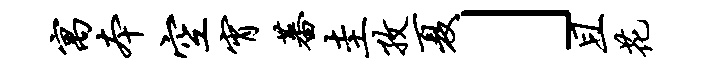
寓本空宵蕃圭孜夏」且花